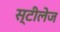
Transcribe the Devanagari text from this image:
स्टीलेज